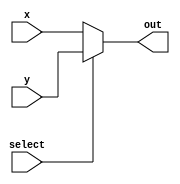

// 2-to-1 mux. 
module mux2to1(input select, x, y , output out);
    
	 assign out = select ? y : x; // 1=y, 0=x
	 
endmodule

module register (D, reset, clk, Q);
	input D;
	input reset , clk;
	output reg Q;
	
	always@(posedge clk)
	begin
		if(reset == 1'b1) // Synchronous active high reset
			Q <= 0;
		else
			Q <= D;	
	end
endmodule	


// Single bit of 8-bit register
module rot_reg(input LoadLeft, loadn, reset, clock, left, right, D, output Q);
	wire w1, D_in;
	
	// x = right (0), y = left (1) !!!!
	mux2to1 shifted_bit(.select(LoadLeft), .x(right), .y(left), .out(w1));
	mux2to1 load(.select(loadn), .x(D), .y(w1), .out(D_in));
	
	register flip_flop(.D(D_in), .reset(reset), .clk(clock), .Q(Q));
	
endmodule
	

module rot_reg_x8(IN, Q, RotateRight, ASRight, ParallelLoadn, reset, clock);
	input RotateRight, ASRight, ParallelLoadn, reset, clock;
	input[7:0] IN;
	output[7:0] Q;
	wire[7:0] w;
	wire asr;
	
	// Need 2-to-1 mux for ASRight right before R7 (Most significant digit)
	mux2to1 ASR(.select(ASRight), .x(w[0]), .y(w[7]), .out(asr));
	
	// All 8 rotating registers
	rot_reg R7(.LoadLeft(RotateRight), .loadn(ParallelLoadn), .reset(reset), 
				  .clock(clock), .left(asr), .right(w[6]), .D(IN[7]), .Q(w[7]));
	
	rot_reg R6(.LoadLeft(RotateRight), .loadn(ParallelLoadn), .reset(reset), 
				  .clock(clock), .left(w[7]), .right(w[5]), .D(IN[6]), .Q(w[6]));
	
	rot_reg R5(.LoadLeft(RotateRight), .loadn(ParallelLoadn), .reset(reset), 
				  .clock(clock), .left(w[6]), .right(w[4]), .D(IN[5]), .Q(w[5]));
	
	rot_reg R4(.LoadLeft(RotateRight), .loadn(ParallelLoadn), .reset(reset), 
				  .clock(clock), .left(w[5]), .right(w[3]), .D(IN[4]), .Q(w[4]));
	
	rot_reg R3(.LoadLeft(RotateRight), .loadn(ParallelLoadn), .reset(reset), 
				  .clock(clock), .left(w[4]), .right(w[2]), .D(IN[3]), .Q(w[3]));
	
	rot_reg R2(.LoadLeft(RotateRight), .loadn(ParallelLoadn), .reset(reset), 
				  .clock(clock), .left(w[3]), .right(w[1]), .D(IN[2]), .Q(w[2]));
	
	rot_reg R1(.LoadLeft(RotateRight), .loadn(ParallelLoadn), .reset(reset), 
				  .clock(clock), .left(w[2]), .right(w[0]), .D(IN[1]), .Q(w[1]));
	
	rot_reg R0(.LoadLeft(RotateRight), .loadn(ParallelLoadn), .reset(reset), 
				  .clock(clock), .left(w[1]), .right(w[7]), .D(IN[0]), .Q(w[0]));
	
	// Assign all values in w to output Q
	assign Q = w;
	
endmodule
	
	
// Main module! Need 8 instances of rot_reg
module Bit_Shifter(SW, KEY, LEDR);
	input[9:0] SW;
	input[3:0] KEY;
	output[7:0] LEDR;
	
	// Declare bit-shifting module!
	rot_reg_x8 bitshift(.IN(SW[7:0]), 
							  .Q(LEDR), 
							  .RotateRight(~KEY[2]), 
							  .ASRight(~KEY[3]), 
							  .ParallelLoadn(~KEY[1]), 
							  .reset(SW[9]), 
							  .clock(~KEY[0]));

endmodule